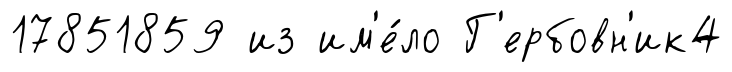
17851859 из им'е́ло Г'ербовн'ик4